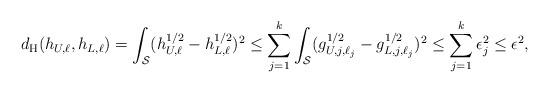
LaTeX: \begin{align*}d_{\mathrm{H}}(h_{U,\ell},h_{L,\ell}) = \int_{\mathcal{S}} (h_{U,\ell}^{1/2} - h_{L,\ell}^{1/2})^2 \leq \sum_{j=1}^k \int_{\mathcal{S}} (g_{U,j,\ell_j}^{1/2} - g_{L,j,\ell_j}^{1/2})^2 \leq \sum_{j=1}^k \epsilon_j^2 \leq \epsilon^2,\end{align*}